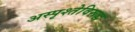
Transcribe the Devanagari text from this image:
अस्पृश्तेविरूद्ध